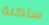
ساكنة